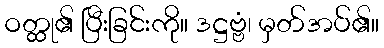
ဝတ္ထု၏ ပြီးခြင်းကို။ ဒဋ္ဌဗ္ဗံ၊ မှတ်အပ်၏။